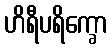
ဟိရီပရိက္ခော